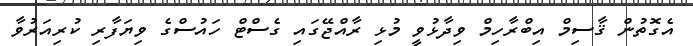
އެގޮތުން ޤާސިމް އިބްރާހިމް ވިދާޅުވީ މުޅި ރާއްޖޭގައި ގެސްޓް ހައުސްގެ ވިޔަފާރި ކުރިއަރުވާ